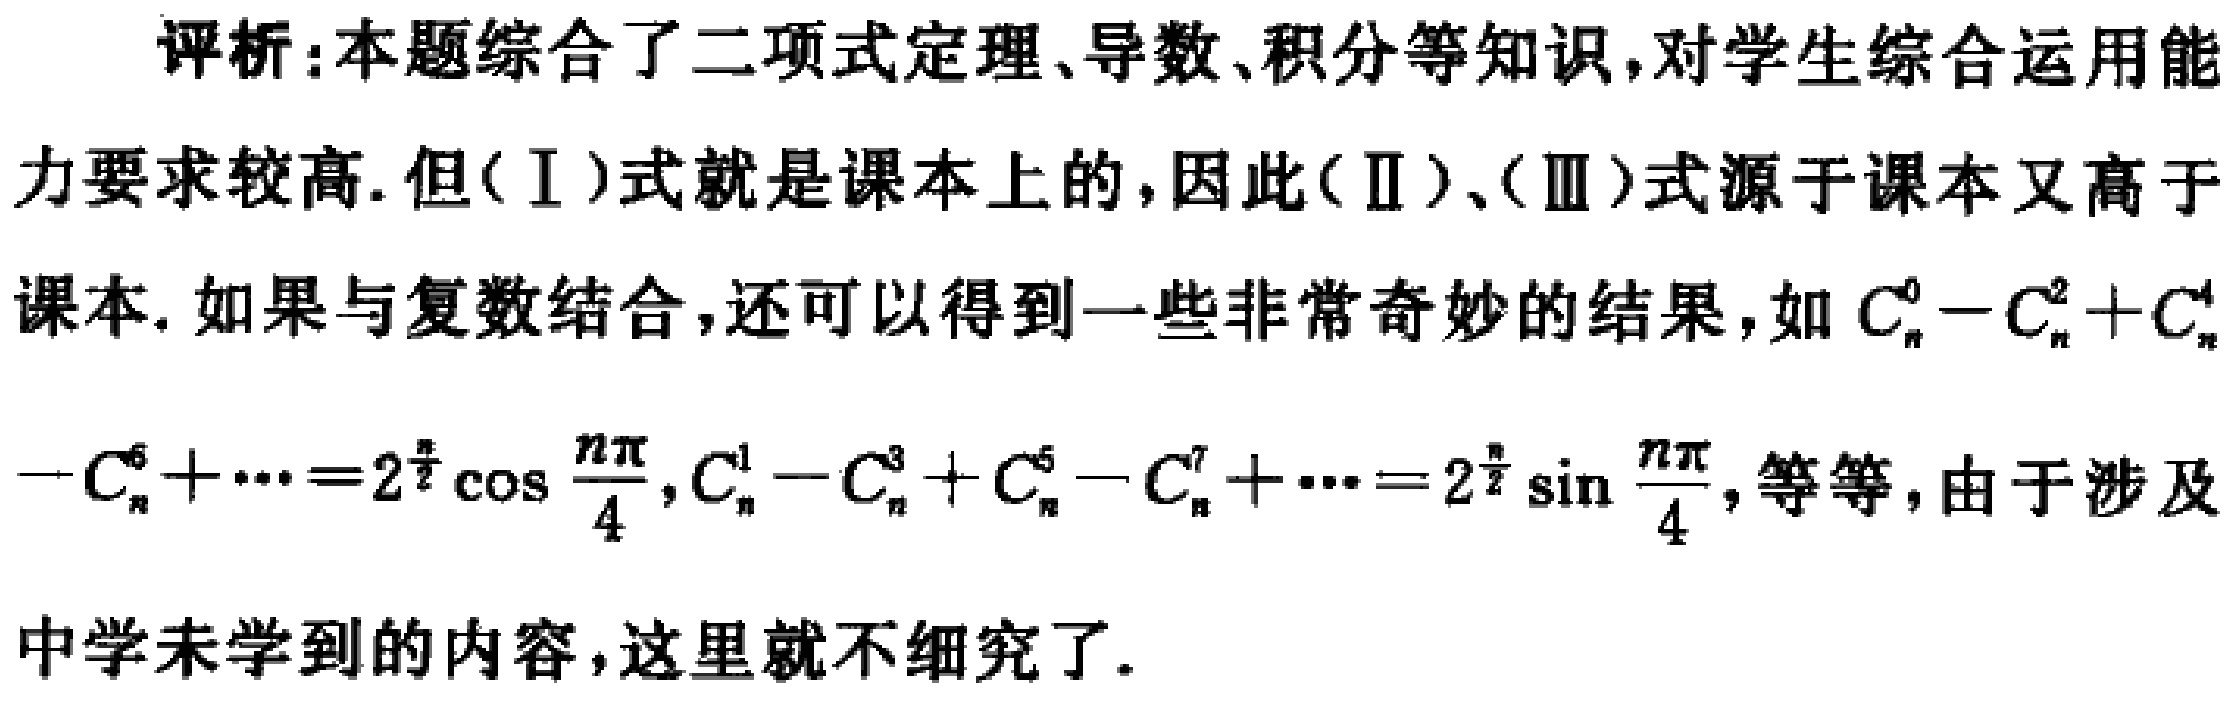
评析：本题综合了二项式定理、导数、积分等知识,对学生综合运用能力要求较高. 但（I）式就是课本上的,因此（II）、（III）式源于课本又高于课本. 如果与复数结合,还可以得到一些非常奇妙的结果,如 \(C_{n}^{0}-C_{n}^{2}+C_{n}^{4}-C_{n}^{6}+\cdots = 2^{\frac{n}{2}}\cos\frac{n\pi}{4},C_{n}^{1}-C_{n}^{3}+C_{n}^{5}-C_{n}^{7}+\cdots = 2^{\frac{n}{2}}\sin\frac{n\pi}{4}\), 等等,由于涉及中学未学到的内容,这里就不细究了.